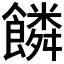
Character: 𩞻